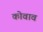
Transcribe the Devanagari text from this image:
कोवाव